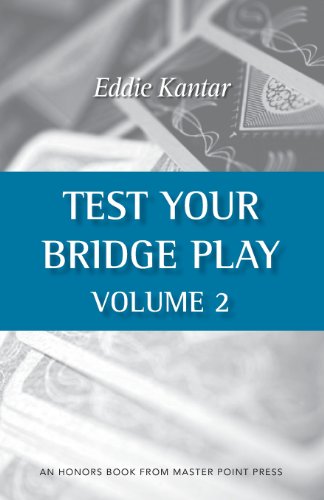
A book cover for Test Your Bridge Play Volume 2; Eddie Kantar; Humor & Entertainment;